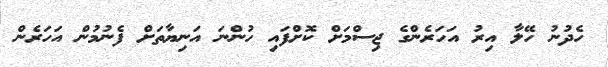
ހެދުނު ހޭލާ އިރު އަހަރެންގެ ޖިސްމަށް ކޮށްފައި ހުންނަ އަނިޔާތަށް ފެނުމުން އަހަރެން